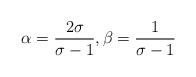
LaTeX: \begin{align*}\alpha = \frac{2\sigma}{\sigma-1}, \beta = \frac{1}{\sigma-1}\end{align*}